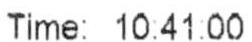
TIME: 10:41:00